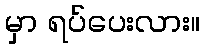
မှာ ရပ်ပေးလား။